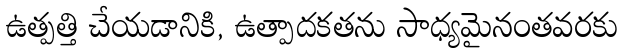
ఉత్పత్తి చేయడానికి, ఉత్పాదకతను సాధ్యమైనంతవరకు